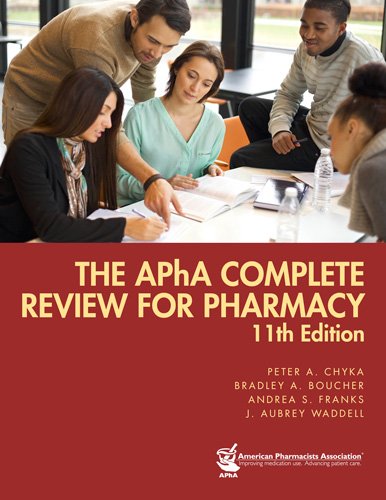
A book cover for The APhA Complete Review for Pharmacy (Gourley, APha Complete Review for Pharmacy); Peter A. Chyka; Medical Books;